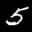
Label: 5